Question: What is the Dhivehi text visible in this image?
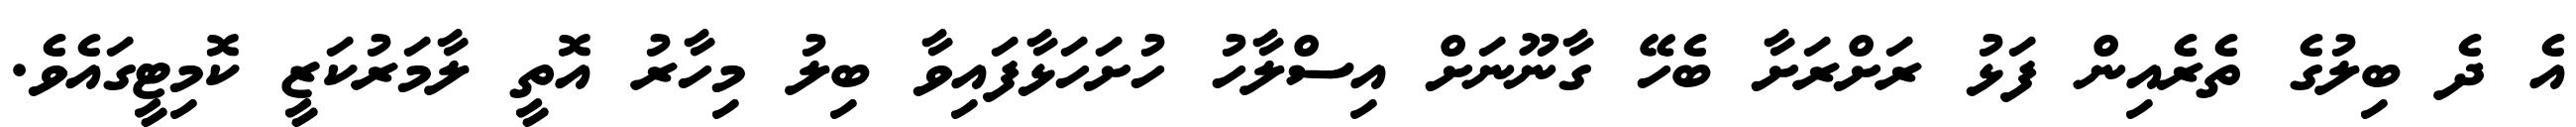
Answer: އެ ދެ ބިލުގެ ތެރެއިން ފަޅު ރަށްރަށާ ބެހޭ ގާނޫނަށް އިސްލާހު ހުށަހަޅާފައިވާ ބިލު މިހާރު އޮތީ ލާމަރުކަޒީ ކޮމިޓީގައެވެ.